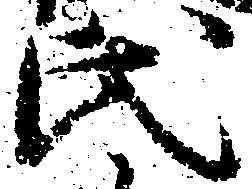
氏